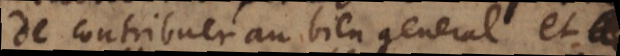
de contribuer au bien general et